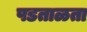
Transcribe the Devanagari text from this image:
पडताळता